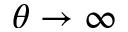
\theta \to \infty